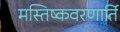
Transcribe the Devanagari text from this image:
मस्तिष्कवरणार्ति